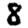
Digit: 8